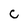
Character: C